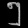
Digit: ၅